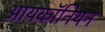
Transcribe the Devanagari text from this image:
आयकॉनियन